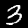
Digit: 3